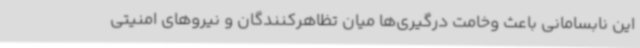
این نابسامانی باعث وخامت درگیری‌ها میان تظاهرکنندگان و نیروهای امنیتی